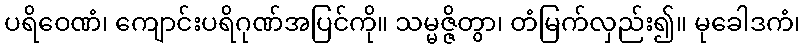
ပရိဝေဏံ၊ ကျောင်းပရိဂုဏ်အပြင်ကို။ သမ္မဇ္ဇိတွာ၊ တံမြက်လှည်း၍။ မုခေါဒကံ၊